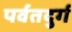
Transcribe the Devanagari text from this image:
पर्वतदुर्ग